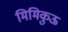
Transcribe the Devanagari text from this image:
मिमिकुऊ